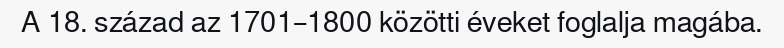
A 18. század az 1701–1800 közötti éveket foglalja magába.